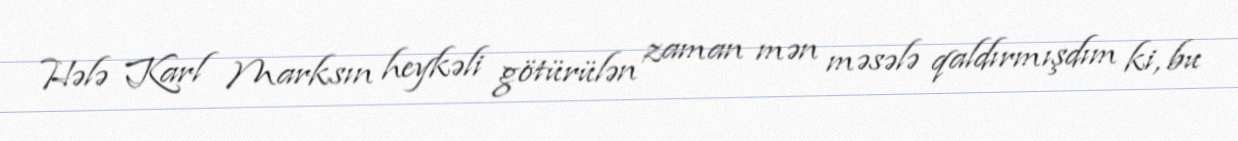
Hələ Karl Marksın heykəli götürülən zaman mən məsələ qaldırmışdım ki, bu